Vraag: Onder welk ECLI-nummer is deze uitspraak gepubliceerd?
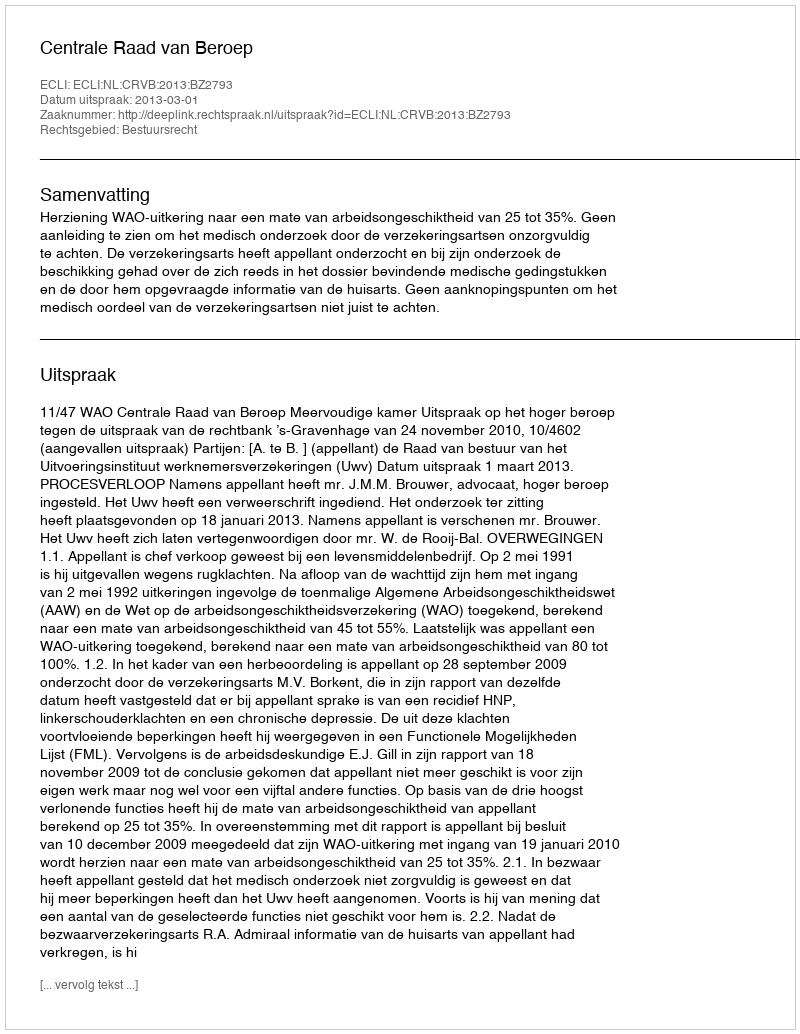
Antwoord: ECLI:NL:CRVB:2013:BZ2793